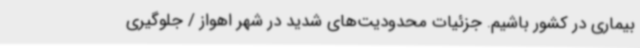
بیماری در کشور باشیم. جزئیات محدودیت‌های شدید در شهر اهواز / جلوگیری